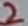
Text: 2